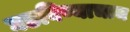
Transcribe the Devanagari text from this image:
घडविण्याचाच